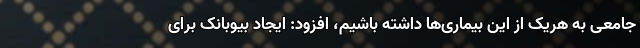
جامعی به هریک از این بیماری‌ها داشته باشیم، افزود: ایجاد بیوبانک برای